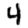
Digit: 4